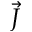
\vec { J }